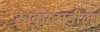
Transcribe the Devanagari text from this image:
ठाकुरवाडीला